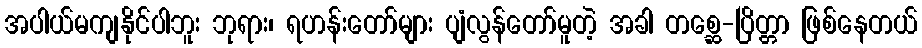
အပါယ်မကျနိုင်ပါဘူး ဘုရား၊ ရဟန်းတော်များ ပျံလွန်တော်မူတဲ့ အခါ တစ္ဆေ-ပြိတ္တာ ဖြစ်နေတယ်